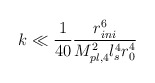
\begin{align*}k \ll\frac{1}{40} \frac{r_{ini}^6}{M_{pl,4}^2 l_s^4 r_0^4}\end{align*}